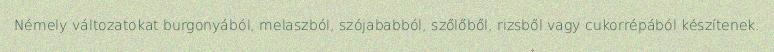
Némely változatokat burgonyából, melaszból, szójababból, szőlőből, rizsből vagy cukorrépából készítenek.